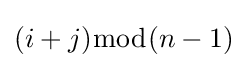
(i+j){\bmod {(}}n-1)